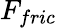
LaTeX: F_{fric}